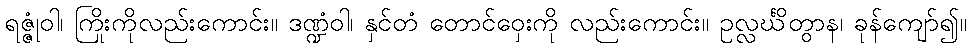
ရဇ္ဇုံဝါ၊ ကြိုးကိုလည်းကောင်း။ ဒဏ္ဍံဝါ၊ နှင်တံ တောင်ဝှေးကို လည်းကောင်း။ ဥလ္လင်္ဃိတွာန၊ ခုန်ကျော်၍။